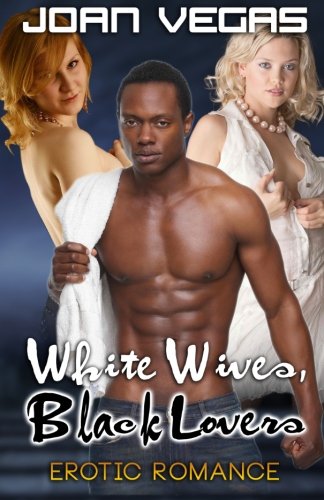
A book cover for White Wives, Black Lovers: Erotic Romance; Joan Vegas; Romance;